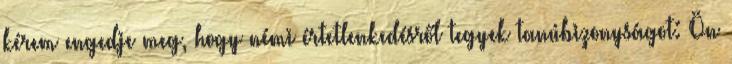
kérem engedje meg, hogy némi értetlenkedésről tegyek tanúbizonyságot: Ön